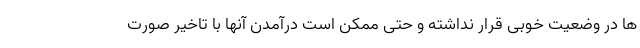
ها در وضعیت خوبی قرار نداشته و حتی ممکن است درآمدن آنها با تاخیر صورت